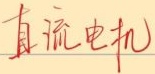
直流电机